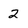
Character: 2